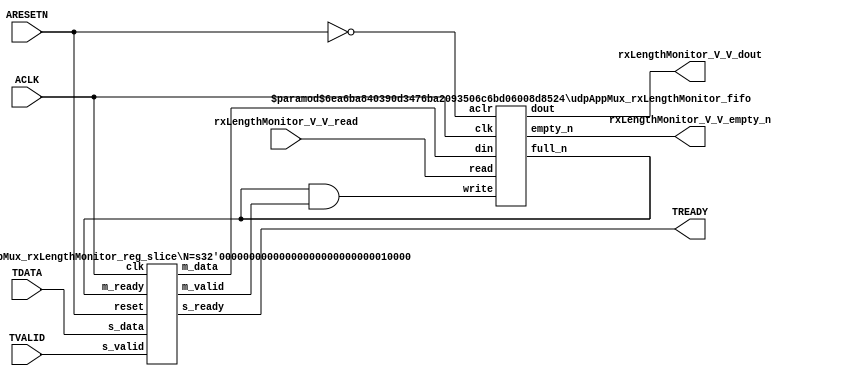
// This program was cloned from: https://github.com/mustafabbas/ECE1373_2016_hft_on_fpga
// License: MIT License

// ==============================================================
// File generated by Vivado(TM) HLS - High-Level Synthesis from C, C++ and SystemC
// Version: 2016.3
// Copyright (C) 1986-2016 Xilinx, Inc. All Rights Reserved.
// 
// ==============================================================


`timescale 1ns/1ps

module udpAppMux_rxLengthMonitor_if (
    // AXI4-Stream singals
    input  wire        ACLK,
    input  wire        ARESETN,
    input  wire        TVALID,
    output wire        TREADY,
    input  wire [15:0] TDATA,
    // User signals
    output wire [15:0] rxLengthMonitor_V_V_dout,
    output wire        rxLengthMonitor_V_V_empty_n,
    input  wire        rxLengthMonitor_V_V_read
);
//------------------------Local signal-------------------
// FIFO
wire [0:0]  fifo_write;
wire [0:0]  fifo_full_n;
wire [15:0] rxLengthMonitor_V_V_din;
wire [0:0]  rxLengthMonitor_V_V_full_n;
// register slice
wire [0:0]  s_valid;
wire [0:0]  s_ready;
wire [15:0] s_data;
wire [0:0]  m_valid;
wire [0:0]  m_ready;
wire [15:0] m_data;

//------------------------Instantiation------------------
// rs
udpAppMux_rxLengthMonitor_reg_slice #(
    .N       ( 16 )
) rs (
    .clk     ( ACLK ),
    .reset   ( ARESETN ),
    .s_data  ( s_data ),
    .s_valid ( s_valid ),
    .s_ready ( s_ready ),
    .m_data  ( m_data ),
    .m_valid ( m_valid ),
    .m_ready ( m_ready )
);

// rxLengthMonitor_V_V_fifo
udpAppMux_rxLengthMonitor_fifo #(
    .DATA_BITS  ( 16 ),
    .DEPTH_BITS ( 4 )
) rxLengthMonitor_V_V_fifo (
    .clk        ( ACLK ),
    .aclr       ( ~ARESETN ),
    .empty_n    ( rxLengthMonitor_V_V_empty_n ),
    .full_n     ( rxLengthMonitor_V_V_full_n ),
    .read       ( rxLengthMonitor_V_V_read ),
    .write      ( fifo_write ),
    .dout       ( rxLengthMonitor_V_V_dout ),
    .din        ( rxLengthMonitor_V_V_din )
);

//------------------------Body---------------------------
//++++++++++++++++++++++++AXI4-Stream++++++++++++++++++++
assign TREADY = s_ready;

//+++++++++++++++++++++++++++++++++++++++++++++++++++++++

//++++++++++++++++++++++++Reigister Slice++++++++++++++++
assign s_valid = TVALID;
assign m_ready = fifo_full_n;
assign s_data  = {TDATA[15:0]};

//+++++++++++++++++++++++++++++++++++++++++++++++++++++++

//++++++++++++++++++++++++FIFO+++++++++++++++++++++++++++
assign fifo_write              = fifo_full_n & m_valid;
assign rxLengthMonitor_V_V_din = m_data[15:0];
assign fifo_full_n             = rxLengthMonitor_V_V_full_n;

//+++++++++++++++++++++++++++++++++++++++++++++++++++++++

endmodule



`timescale 1ns/1ps

module udpAppMux_rxLengthMonitor_fifo
#(parameter
    DATA_BITS  = 8,
    DEPTH_BITS = 4
)(
    input  wire                 clk,
    input  wire                 aclr,
    output wire                 empty_n,
    output wire                 full_n,
    input  wire                 read,
    input  wire                 write,
    output wire [DATA_BITS-1:0] dout,
    input  wire [DATA_BITS-1:0] din
);
//------------------------Parameter----------------------
localparam
    DEPTH = 1 << DEPTH_BITS;
//------------------------Local signal-------------------
reg                   empty;
reg                   full;
reg  [DEPTH_BITS-1:0] index;
reg  [DATA_BITS-1:0]  mem[0:DEPTH-1];
//------------------------Body---------------------------
assign empty_n = ~empty;
assign full_n  = ~full;
assign dout    = mem[index];

// empty
always @(posedge clk or posedge aclr) begin
    if (aclr)
        empty <= 1'b1;
    else if (empty & write & ~read)
        empty <= 1'b0;
    else if (~empty & ~write & read & (index==1'b0))
        empty <= 1'b1;
end

// full
always @(posedge clk or posedge aclr) begin
    if (aclr)
        full <= 1'b0;
    else if (full & read & ~write)
        full <= 1'b0;
    else if (~full & ~read & write & (index==DEPTH-2'd2))
        full <= 1'b1;
end

// index
always @(posedge clk or posedge aclr) begin
    if (aclr)
        index <= {DEPTH_BITS{1'b1}};
    else if (~empty & ~write & read)
        index <= index - 1'b1;
    else if (~full & ~read & write)
        index <= index + 1'b1;
end

// mem
always @(posedge clk) begin
    if (~full & write) mem[0] <= din;
end

genvar i;
generate
    for (i = 1; i < DEPTH; i = i + 1) begin : gen_sr
        always @(posedge clk) begin
            if (~full & write) mem[i] <= mem[i-1];
        end
    end
endgenerate

endmodule

`timescale 1ns/1ps

module udpAppMux_rxLengthMonitor_reg_slice
#(parameter
    N = 8   // data width
) (
    // system signals
    input  wire         clk,
    input  wire         reset,
    // slave side
    input  wire [N-1:0] s_data,
    input  wire         s_valid,
    output wire         s_ready,
    // master side
    output wire [N-1:0] m_data,
    output wire         m_valid,
    input  wire         m_ready
);
//------------------------Parameter----------------------
// state
localparam [1:0]
    ZERO = 2'b10,
    ONE  = 2'b11,
    TWO  = 2'b01;
//------------------------Local signal-------------------
reg  [N-1:0] data_p1;
reg  [N-1:0] data_p2;
wire         load_p1;
wire         load_p2;
wire         load_p1_from_p2;
reg          s_ready_t;
reg  [1:0]   state;
reg  [1:0]   next;
//------------------------Body---------------------------
assign s_ready = s_ready_t;
assign m_data  = data_p1;
assign m_valid = state[0];

assign load_p1 = (state == ZERO && s_valid) ||
                 (state == ONE && s_valid && m_ready) ||
                 (state == TWO && m_ready);
assign load_p2 = s_valid & s_ready;
assign load_p1_from_p2 = (state == TWO);

// data_p1
always @(posedge clk) begin
    if (load_p1) begin
        if (load_p1_from_p2)
            data_p1 <= data_p2;
        else
            data_p1 <= s_data;
    end
end

// data_p2
always @(posedge clk) begin
    if (load_p2) data_p2 <= s_data;
end

// s_ready_t
always @(posedge clk) begin
    if (~reset)
        s_ready_t <= 1'b0;
    else if (state == ZERO)
        s_ready_t <= 1'b1;
    else if (state == ONE && next == TWO)
        s_ready_t <= 1'b0;
    else if (state == TWO && next == ONE)
        s_ready_t <= 1'b1;
end

// state
always @(posedge clk) begin
    if (~reset)
        state <= ZERO;
    else
        state <= next;
end

// next
always @(*) begin
    case (state)
        ZERO:
            if (s_valid & s_ready)
                next = ONE;
            else
                next = ZERO;
        ONE:
            if (~s_valid & m_ready)
                next = ZERO;
            else if (s_valid & ~m_ready)
                next = TWO;
            else
                next = ONE;
        TWO:
            if (m_ready)
                next = ONE;
            else
                next = TWO;
        default:
            next = ZERO;
    endcase
end

endmodule